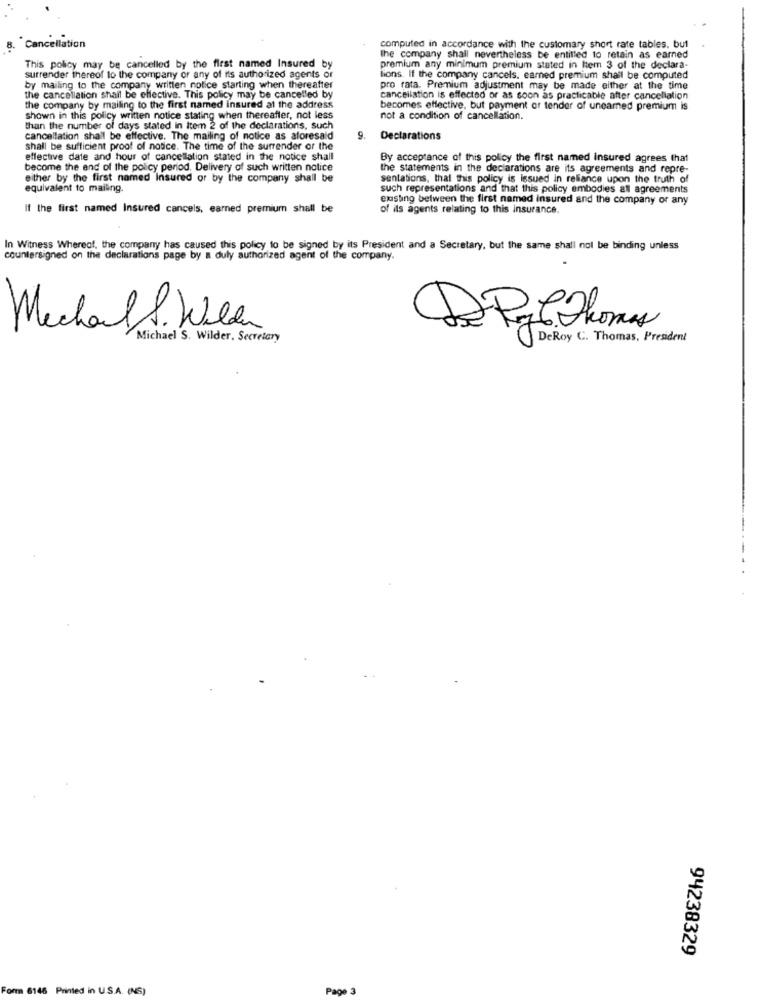
8. Cancellation
computed in accordance with the customary short rate tables. but
the company shall nevertheless be entitled to retain as earned
This policy may be cancelled by the flest named Insured by
premium any minimum premium stated in Item 3 of the declara-
surrender thereof to the company or any of its authorized agents or
lions. If the company cancels. earned premium shall be computed
by mailing to the company written notice starting when thereafter
pro rata. Premium adjustment may be made either at the time
the cancellation shall be effective. This policy may be cancelled by
cancellation is effected or as soon as practicable after cancellation
the company by mailing to the first named insured at the address
becomes effective, but payment or tender of unearned premium is
shown in this policy written notice stating when thereafler, not less
not a condition of cancellation.
than the number of days stated in item 2 of the declarations, such
cancellation shall be effective. The mailing of notice as aforesald
9.
Declarations
shall be sufficient proof of notice. The time of the surrender or the
effective date and hour of cancellation stated in the notice shall
By acceptance of this policy the first named insured agrees that
become the end of the policy period. Delivery of such written notice
the statements in the declarations are its agreements and repre-
either by the first named Insured or by the company shall be
sentations, thal this policy is Issued in reliance upon the truth of
equivalent to mailing.
such representations and that this policy embodies all agreements
existing between the first named insured and the company or any
If the first named Insured cancels, earned premium shall be
of ils agents relating to this insurance.
In Witness Whereof, the company has caused this policy to be signed by its President and a Secretary, but the same shall not be binding unless
countersigned on the declarations page by a duly authorized agent of the company.
Michal S. Wen
Michael S. Wilder. Secretary
DR.Thomas
DeRoy C. Thomas, President
94238329
Form 6146 Printed in U.S.A. (NS)
Page 3